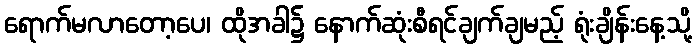
ရောက်မလာတော့ပေ၊ ထိုအခါ၌ နောက်ဆုံးစီရင်ချက်ချမည့် ရုံးချိန်းနေ့သို့